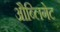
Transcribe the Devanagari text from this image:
औब्लिगेट